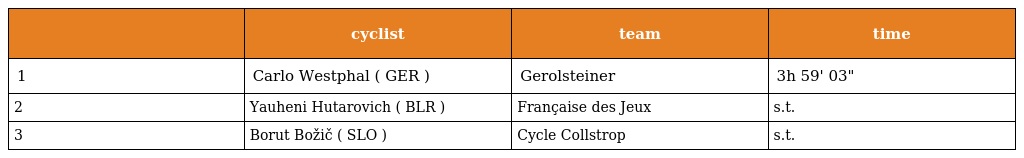
|  | cyclist | team | time |
 | --- | --- | --- | --- |
 | 1 | Carlo Westphal ( GER ) | Gerolsteiner | 3h 59' 03" |
 | 2 | Yauheni Hutarovich ( BLR ) | Française des Jeux | s.t. |
 | 3 | Borut Božič ( SLO ) | Cycle Collstrop | s.t. |